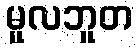
မူလဘူတ